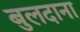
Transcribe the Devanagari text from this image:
बुलदाना